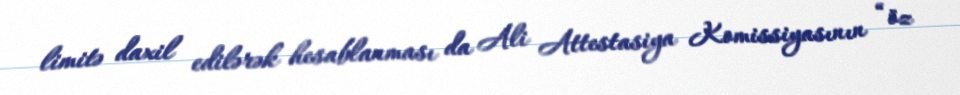
limitə daxil edilərək hesablanması da Ali Attestasiya Komissiyasının “öz